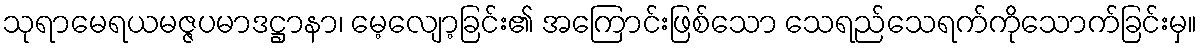
သုရာမေရယမဇ္ဇပမာဒဋ္ဌာနာ၊ မေ့လျော့ခြင်း၏ အကြောင်းဖြစ်သော သေရည်သေရက်ကိုသောက်ခြင်းမှ။